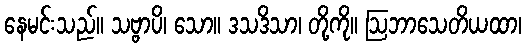
နေမင်းသည်။ သဗ္ဗာပိ၊ သော။ ဒသဒိသာ၊ တို့ကို။ ဩဘာသေတိယထာ၊